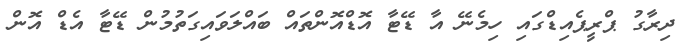
ދިރާގު ޕްރީޕެއިޑްގައި ހިމެނޭ އާ ޑޭޓާ އޮޑްއޮންތައް ބައްލަވައިގަތުމުން ޑޭޓާ އެޑް އޮން